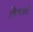
શિનાણી